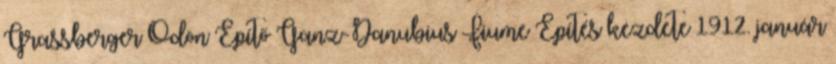
Grassberger Ödön Építő Ganz-Danubius Fiume Építés kezdete 1912. január